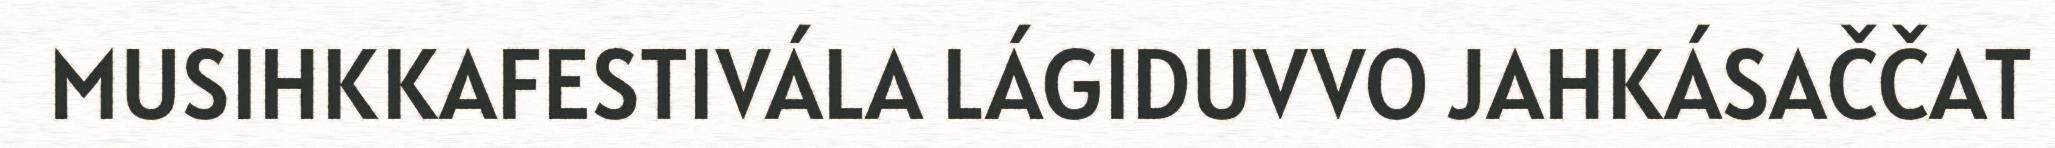
MUSIHKKAFESTIVÁLA LÁGIDUVVO JAHKÁSAČČAT